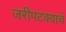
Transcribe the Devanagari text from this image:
जरीपटक्याचे